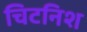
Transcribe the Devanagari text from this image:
चिटनिश